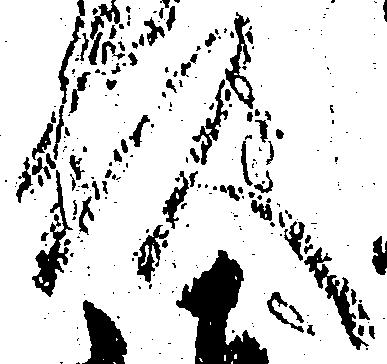
頭